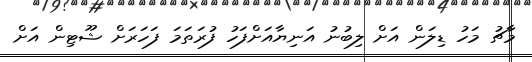
މާޗު މަހު ޑިލަން އަށް ލިބުނު އަނިޔާއަށްފަހު ފުރަތަމަ ފަހަރަށް ޝޫޓިން އަށް